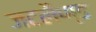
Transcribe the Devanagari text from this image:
जटलैण्ड